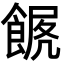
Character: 𩜧